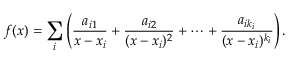
f ( x ) = \sum _ { i } \left( { \frac { a _ { i 1 } } { x - x _ { i } } } + { \frac { a _ { i 2 } } { ( x - x _ { i } ) ^ { 2 } } } + \cdots + { \frac { a _ { i k _ { i } } } { ( x - x _ { i } ) ^ { k _ { i } } } } \right) .